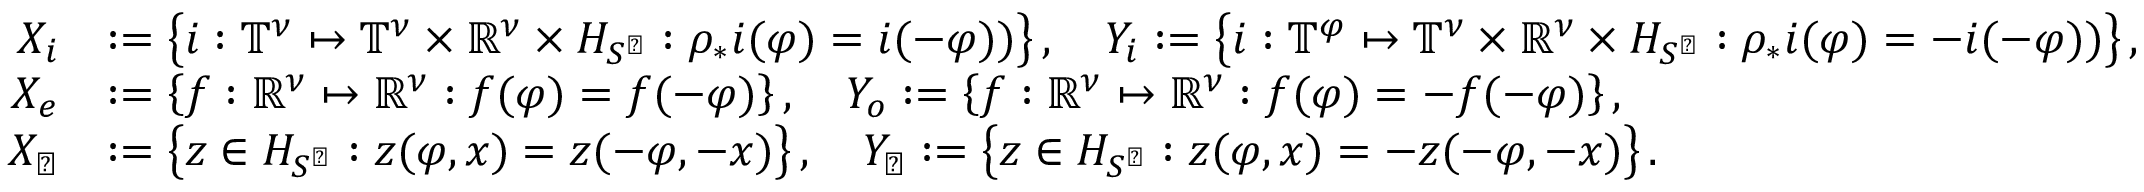
\begin{array} { r l } { X _ { i } } & { : = \left\{ i : \mathbb { T } ^ { \nu } \mapsto \mathbb { T } ^ { \nu } \times \mathbb { R } ^ { \nu } \times H _ { S ^ { \perp } } : \rho _ { * } i ( \varphi ) = i ( - \varphi ) ) \right\} , \quad Y _ { i } : = \left\{ i : \mathbb { T } ^ { \varphi } \mapsto \mathbb { T } ^ { \nu } \times \mathbb { R } ^ { \nu } \times H _ { S ^ { \perp } } : \rho _ { * } i ( \varphi ) = - i ( - \varphi ) ) \right\} , } \\ { X _ { e } } & { : = \left\{ f : \mathbb { R } ^ { \nu } \mapsto \mathbb { R } ^ { \nu } : f ( \varphi ) = f ( - \varphi ) \right\} , \quad Y _ { o } : = \left\{ f : \mathbb { R } ^ { \nu } \mapsto \mathbb { R } ^ { \nu } : f ( \varphi ) = - f ( - \varphi ) \right\} , } \\ { X _ { \perp } } & { : = \left\{ z \in H _ { S ^ { \perp } } : z ( \varphi , x ) = z ( - \varphi , - x ) \right\} , \quad Y _ { \perp } : = \left\{ z \in H _ { S ^ { \perp } } : z ( \varphi , x ) = - z ( - \varphi , - x ) \right\} . } \end{array}